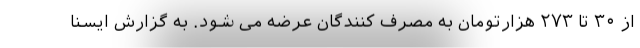
از ۳۰ تا ۲۷۳ هزارتومان به مصرف کنندگان عرضه می شود. به گزارش ایسنا